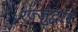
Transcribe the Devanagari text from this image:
रज्जुद्वार